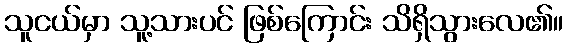
သူငယ်မှာ သူ့သားပင် ဖြစ်ကြောင်း သိရှိသွားလေ၏။